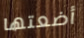
أضعتها